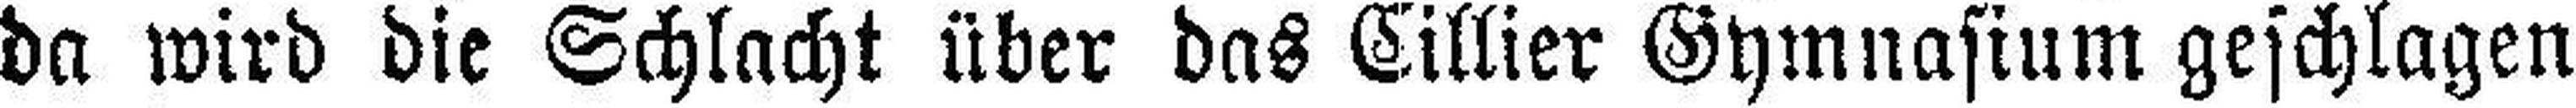
da wird die Schlacht über das Eillier Gymnasium geschlagen